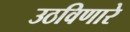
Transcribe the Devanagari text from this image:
उठविणारे